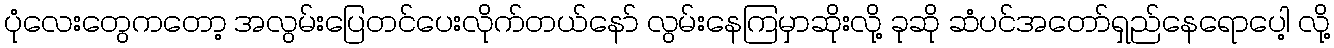
ပုံလေးတွေကတော့ အလွမ်းပြေတင်ပေးလိုက်တယ်နော် လွမ်းနေကြမှာဆိုးလို့ ခုဆို ဆံပင်အတော်ရှည်နေရောပေါ့ လို့